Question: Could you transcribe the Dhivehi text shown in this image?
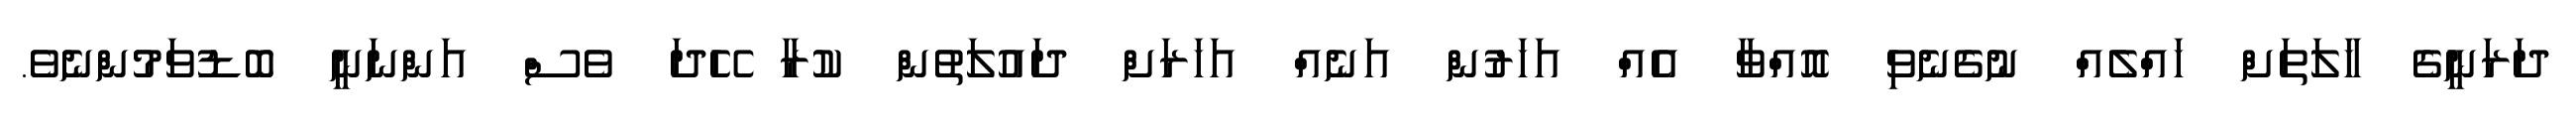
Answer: ދަރަނީގެ ހާލަތަށް ހައްލެއް ނުގެނެވި އޮއްވާ އެއް އަހަރުން އަނެއް އަހަރަށް ދައުލަތުން ކުރާ ހޭދަ ވެސް އަންނަނީ ބޮޑުވަމުންނެވެ.